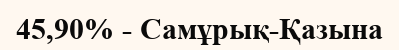
45,90% - Самұрық-Қазына